Vaccination in Bombay 1889-1901 - 1889-1901
Year: 1889
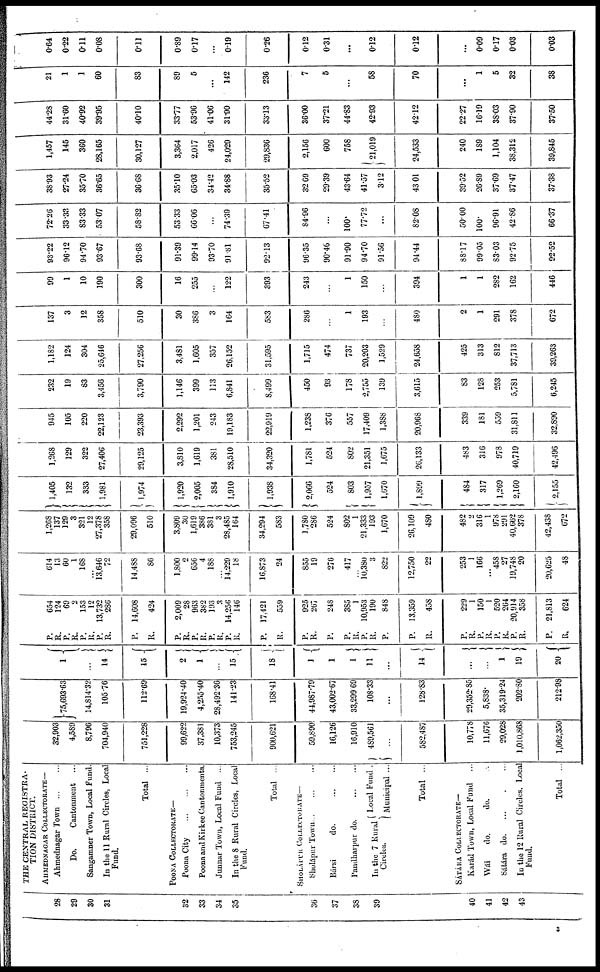
28
29
30
31
32
33
34
35
36
37
38
39
40
41
42
43
THE CENTRAL REGISTRA-
TION DISTRICT.
AHMEDNAGAR COLLECTORATE—
Ahmednagar Town ... ...
Do.
Cantonment ...
Sangamner Town, Local Fund.
In the 11 Rural Circles, Local
Fund.
Total ...
POONA COLLECTORATE—
Poona City
...
...
...
Poona and Kirkee Cantonments.
Junnar Town, Local Fund ...
In the 8 Rural Circles, Local
Fund.
Total ...
SHOLÁPUR COLLECTORATE—
Sholápur
Town...
...
...
Bársi
do.
...
...
Pandharpur do.
...
...
In the 7 Rural
Circles.
Local Fund .
Municipal ...
Total ...
SÁTÁKA COLLECTORATE—
Karád Town, Local Fund
...
Wái
do.
do.
Sátára do. ... ... ...
In the 12 Rural Circles. Local
Fund.
Total ...
32,903
4,589
8,796
704,940
751,228
99,622
37,381
10,373
753,245
900,621
59,890
16,126
16,910
489,561
...
582,487
10,778
11,670
29,028
1,010,868
1,062,350
75,693.63
14,814.32
105.76
112.69
19,924.40
4,255.40
28,492.36
141.23
168.41
44,987.79
43,002.67
33,299.69
108.33
...
128.83
29,352.85
5,838.
35,319.24
202.80
212.98
1
...
14
15
2
1
...
15
18
1
1
1
11
...
14
...
...
1
19
20
P.
R.
P.
R.
P.
11.
P.
R.
P.
R.
654
124
69
2
153
12
13,732
286
14,608
424
P.
R.
P.
R.
P.
R.
P.
R.
P.
R.
P.
R.
P.
P.
R.
P.
R.
P.
P.
R.
2,009
28
963
382
193
3
14,256
146
17,421
559
925
267
248
385
1
10,953
190
848
13,359
458
P.
R
P.
R.
P.
R.
P.
R.
P.
R.
229
1
150
1
520
264
20,914
358
21,813
624
614
13
60
1
168
...
13,646
72
14,488
86
1,800
2
656
4
188
...
14,229
18
16,873
24
855
19
276
417
...
10,380
3
822
12,750
22
253
1
166
... 458
27
19,748
20
20,625
48
1,268
137
129
3
321
12
27,378
358
29,096
510
3,809
30
1,619
386
381
3
28,485
164
34,294
583
1,780
286
524
802
1
21,333
193
1,670
26,109
480
482
2
316
1
978
291 40,662
378
42,438
672
1,405
132
333
1,981
1,974
1,920
2,005
384
1,910
1,938
2,066
524
803
1,957
1,670
1,899
484
317
1,269
2,160
2,155
1,268
129
322
27,406
29,125
3,810
1,619
381
28,510
34,320
1,781
524
802
21,351
1,675
26,133
483
316
978
40,719
42,496
945
105
220
22,123
23,393
2,292
1,201
243
19,183
22,919
1,238
376
557
17,409
1,388
20,968
339
181
559
31,811
32,890
232
19
83
3,456
3,790
1,146
399
113
6,841
8,499
450
93
178
2,755
139
3,615
83
128
253
5,781
6,245
1,182
124
304
25,646
27,256
3,481
1,605
357
26,152
31,595
1,715
474
737
20,203
1,529
24,658
425
313
812
37,713
39,263
137
3
12
358
510
30
386
3
164
583
286
...
1
193
...
480
2
1
291
378
672
99
1
10
190
300
16
255
...
122
393
243
...
1
150
...
394
1
1
282
162
446
93.22
96.12
94.70
93.67
93.68
91.39
99.14
93.70
91.81
92.13
96.35
90.46
91.90
94.70
91.56
94.44
88.17
99.05
83.03
92.75
92.52
72.26
33.33
83.33
53.07
58.82
53.33
66.06
...
74.39
67.41
84.96
...
100.
77.72
...
82.08
50.00
100.
96.91
42.86
66.37
38.93
27.24
35.70
36.65
36.68
35.10
65.03
34.42
34.88
35.52
32.69
29.39
43.64
41.57
312
43.01
39.52
26.89
37.69
37.47
37.38
1,457
145
360
28,165
30,127
3,364
2,017
426
24,029
29,836
2,156
600
758
21,019
24,533
240
189
1,104
38,312
39,845
44.28
31.60
40.92
39.95
40.10
33.77
53.96
41.06
31.90
33.13
36.00
37.21
44.83
42.93
42.12
22.27
16.19
38.03
37.90
37.50
21
1
1
60
83
89
5
...
142
236
7
5
...
58
70
...
1
5
32
38
0.64
0.22
0.11
0.08
0.11
0.89
0.17
...
0.19
0.26
0.12
0.31
...
0.12
0.12
...
0.09
0.17
0.03
0.03
3